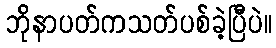
ဘိုနာပတ်ကသတ်ပစ်ခဲ့ပြီပဲ။